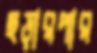
ছড়ারপার